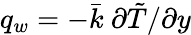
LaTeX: q_{w}=-\bar{k}\ \partial\tilde{T}/\partial y